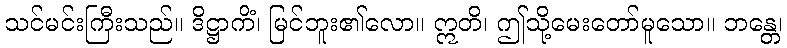
သင်မင်းကြီးသည်။ ဒိဋ္ဌာကိံ၊ မြင်ဘူး၏လော။ ဣတိ၊ ဤသို့မေးတော်မူသော။ ဘန္တေ၊